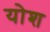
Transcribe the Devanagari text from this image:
योश